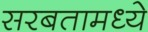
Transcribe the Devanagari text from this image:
सरबतामध्ये